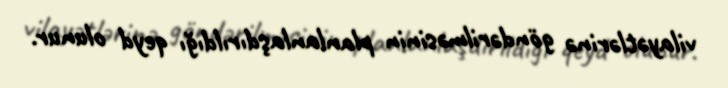
vilayətlərinə göndərilməsinin planlanlaşdırıldığı qeyd olunur.